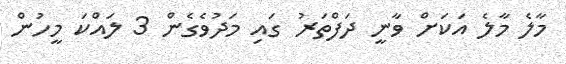
މާލެ މާލެ އަކަށް ވާނީ ދަފްތަރު ގައި މަދުވެގެން 3 ލައްކަ މީހުން